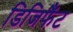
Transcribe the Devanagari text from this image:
डिजिफैंट